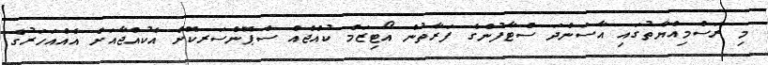
މި ރަސްމިއްޔާތުގައި އާސަންދަ ސްޓާފުންގެ ފަރާތުން އޯޓިޒަމް ކުއްޖެއް ސްޕޮންސަރކޮށް އެކުއްޖާއަށް އެއްއަހަރުގެ